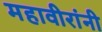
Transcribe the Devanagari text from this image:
महावीरांनी